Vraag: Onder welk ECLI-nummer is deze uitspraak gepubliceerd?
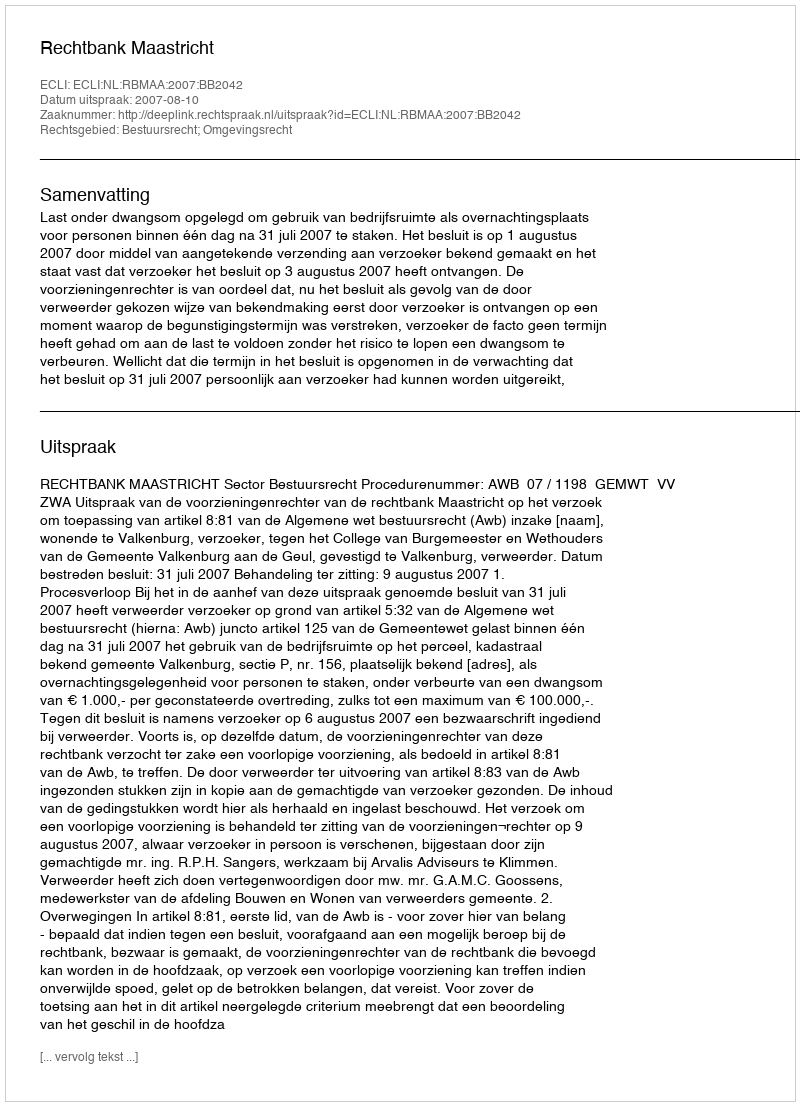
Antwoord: ECLI:NL:RBMAA:2007:BB2042